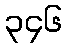
၃၄၆